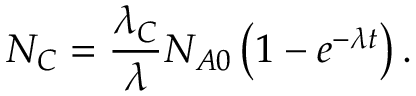
N _ { C } = { \frac { \lambda _ { C } } { \lambda } } N _ { A 0 } \left( 1 - e ^ { - \lambda t } \right) .